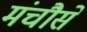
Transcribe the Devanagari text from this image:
मंचौसे